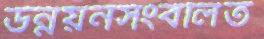
উন্নয়নসংবলিত